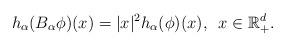
LaTeX: \begin{align*}h_\alpha(B_\alpha\phi)(x)=|x|^2h_\alpha(\phi)(x),\,\,\,x\in\mathbb{R}^d_+.\end{align*}